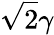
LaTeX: \sqrt{2}\gamma